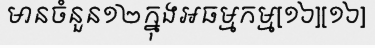
មានចំនួន១២ក្នុងអធម្មកម្ម[១៦][១៦]